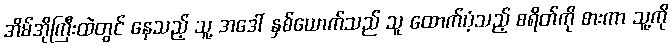
အိမ်အိုကြီးထဲတွင် နေသည့် သူ့ အဒေါ် နှစ်ယောက်သည် သူ ထောက်ပံ့သည့် စရိတ်ကို စားကာ သူ့ကို